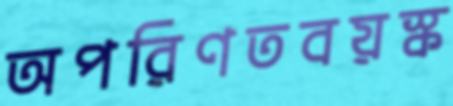
অপরিণতবয়স্ক